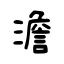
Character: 澹